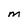
Character: M